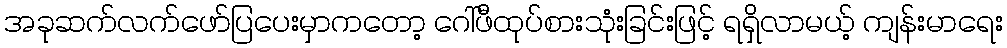
အခုဆက်လက်ဖော်ပြပေးမှာကတော့ ဂေါ်ဖီထုပ်စားသုံးခြင်းဖြင့် ရရှိလာမယ့် ကျန်းမာရေး